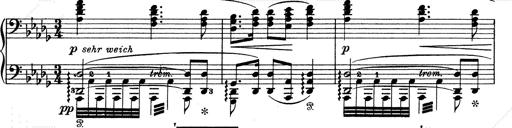
Title: Walhall aus Der Ring des Nibelungen
Composer: Franz Liszt